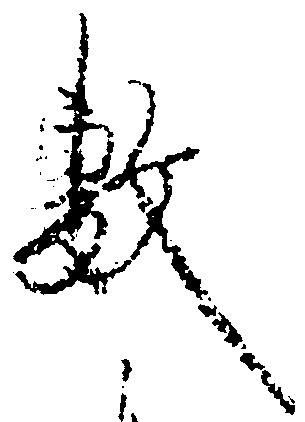
敷